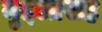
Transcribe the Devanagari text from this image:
मुद्दलासह